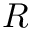
R